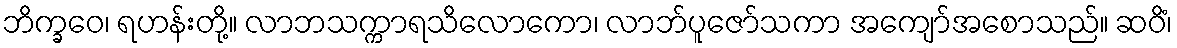
ဘိက္ခဝေ၊ ရဟန်းတို့။ လာဘသက္ကာရသိလောကော၊ လာဘ်ပူဇော်သကာ အကျော်အစောသည်။ ဆဝိံ၊